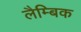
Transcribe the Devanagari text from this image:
लैम्बिक